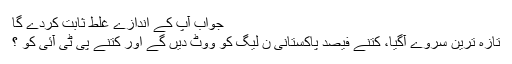
جواب آپ کے اندازے غلط ثابت کردے گا
تازہ ترین سروے آگیا، کتنے فیصد پاکستانی ن لیگ کو ووٹ دیں گے اور کتنے پی ٹی آئی کو ؟